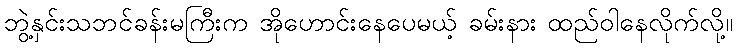
ဘွဲ့နှင်းသဘင်ခန်းမကြီးက အိုဟောင်းနေပေမယ့် ခမ်းနား ထည်ဝါနေလိုက်လို့။